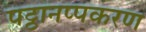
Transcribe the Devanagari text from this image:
पट्ठानप्पकरण